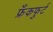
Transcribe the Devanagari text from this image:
फ्रँकफुर्ट